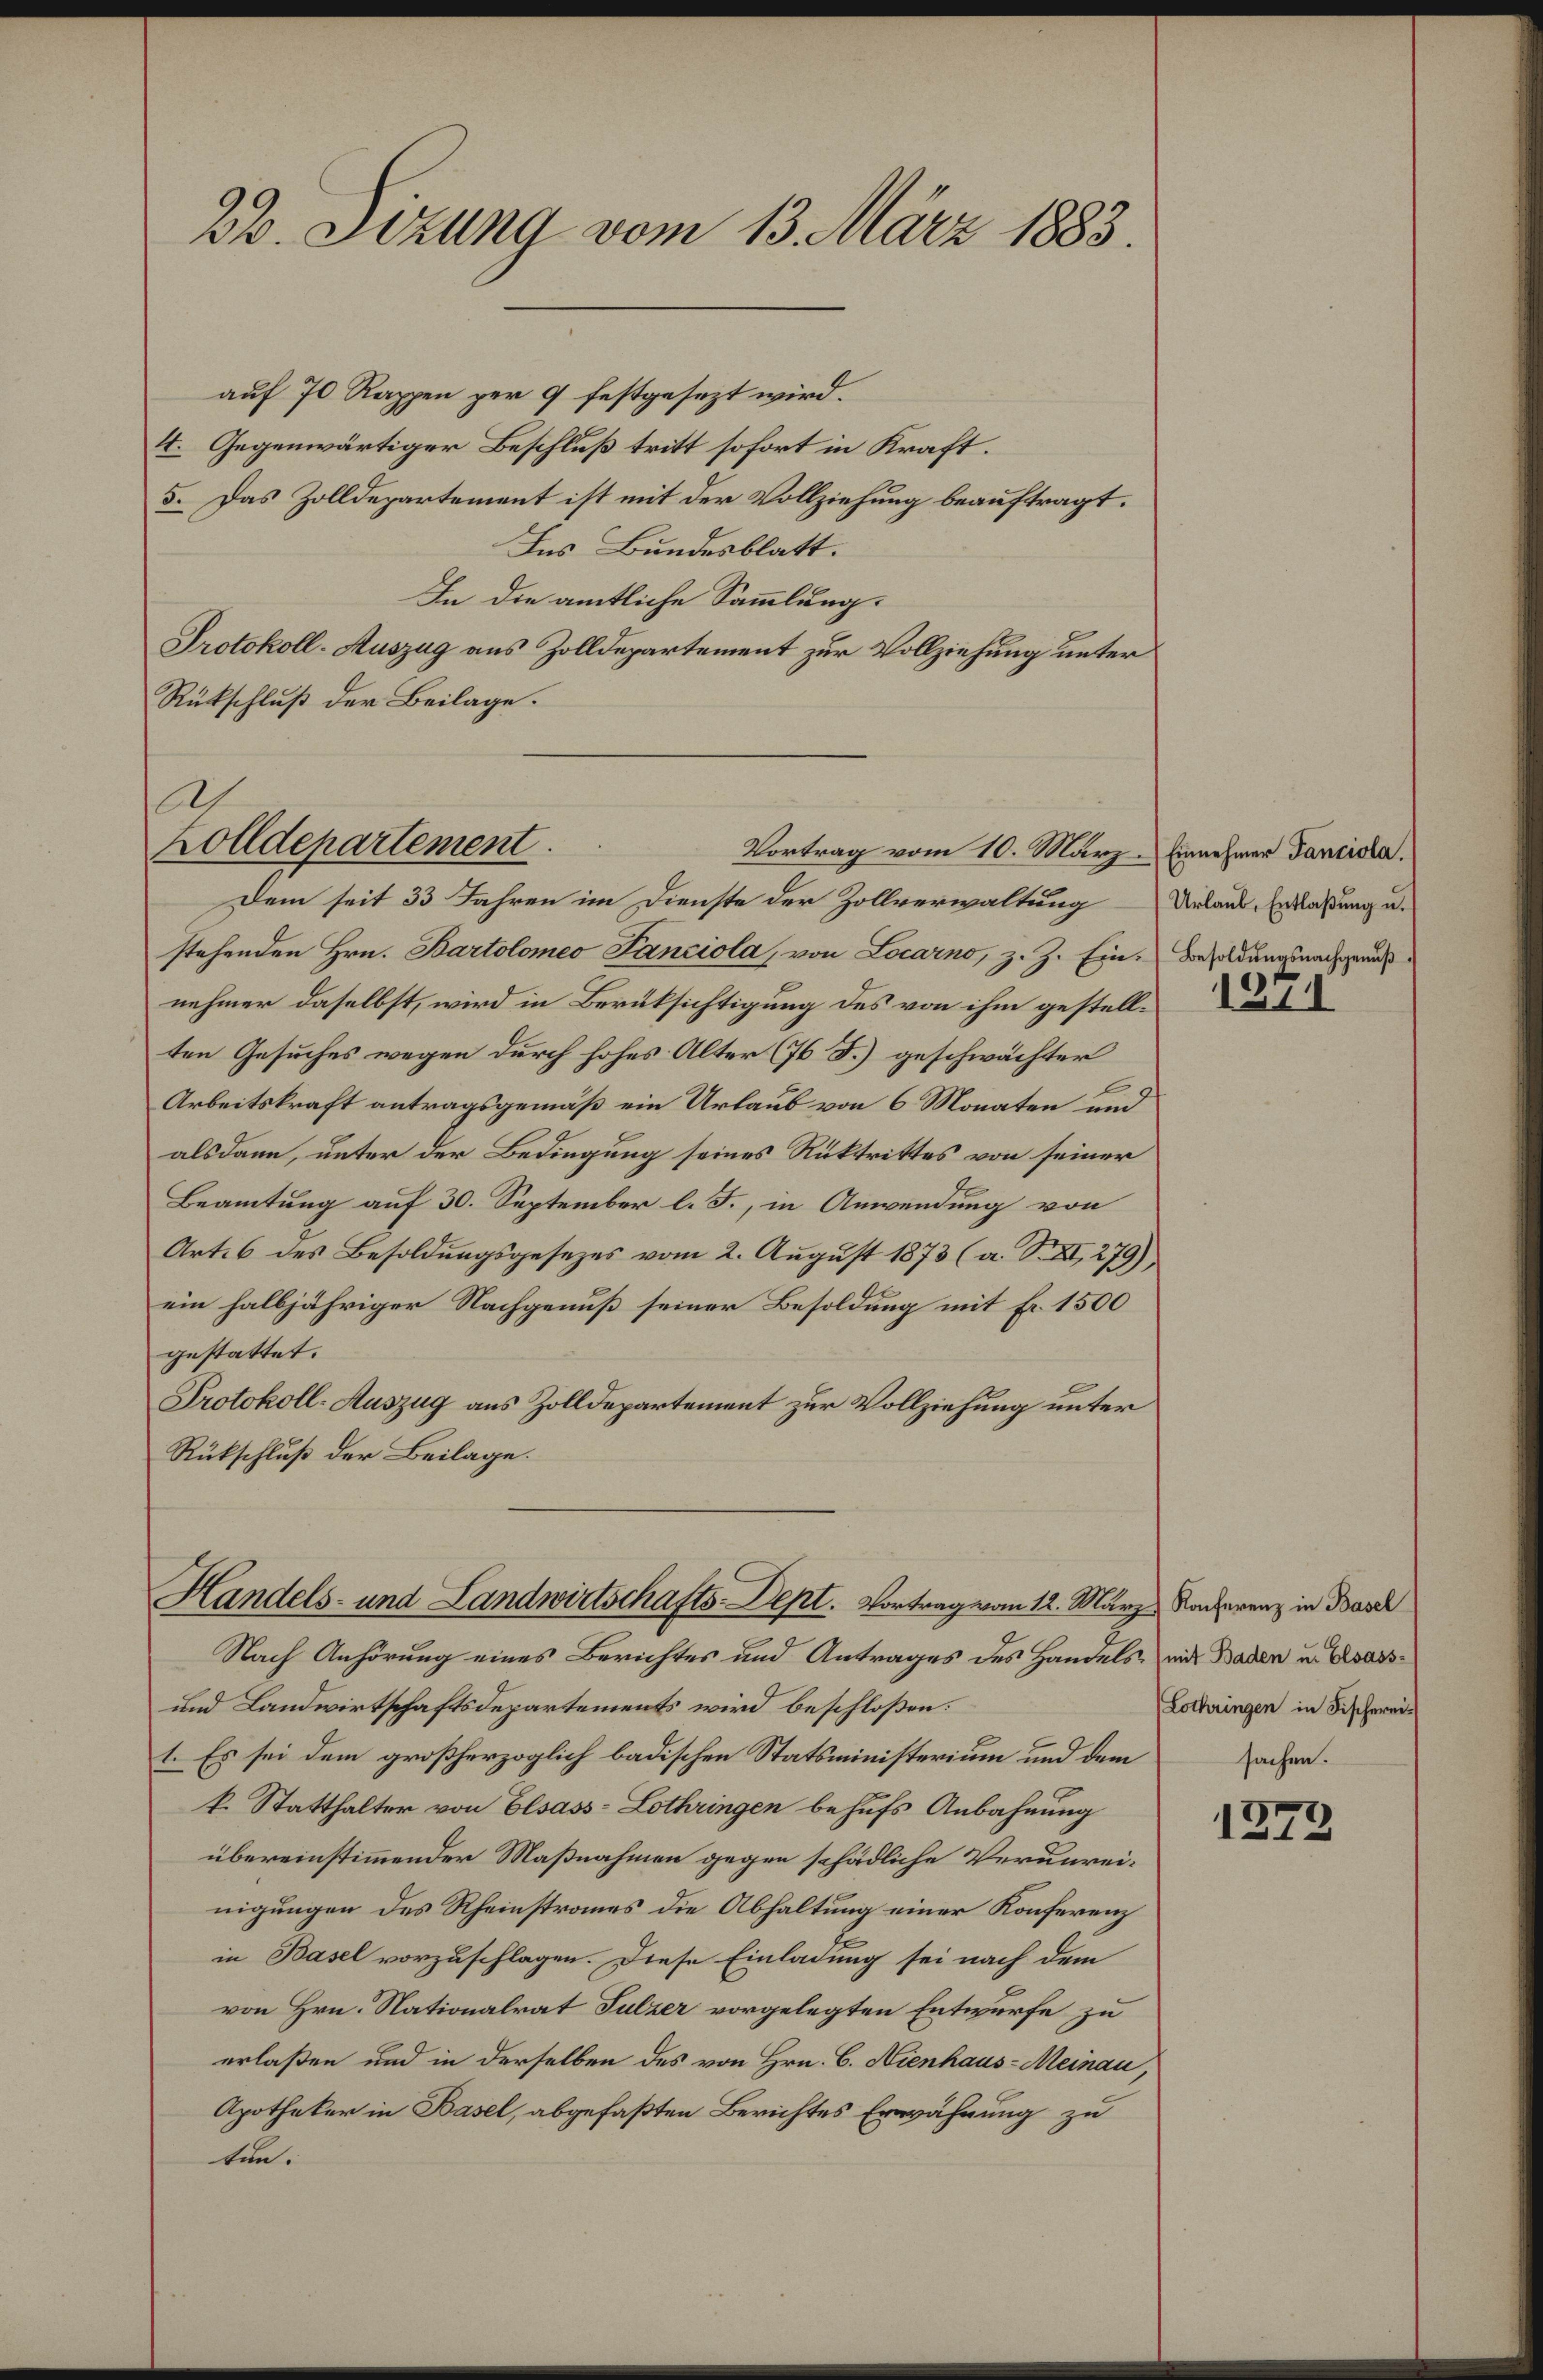
22. Sizung vom 13. März 1883.

auf 70 Rappen per 9 festgesezt wird.
4. Gegenwärtiger Beschluß tritt sofort in Kraft.
5. Das Zolldepartement ist mit der Vollziehung beauftragt.
Ins Bundesblatt.
In die amtliche Sammlung.
Protokoll-Auszug aus Zolldepartement zur Vollziehung unter
Rückschluß der Beilage.

0
Zolldepartement.
Vortrag vom 10. März. Einnehmer Tanciola.
Dem seit 33 Jahren im Dienste der Zollverwaltung

stehenden Hrn. Bartolomeo Panciola, von Locarno, z. Z. Ein Besoldungsnachgeantnehmer daselbst, wird in Berüksichtigung des von ihm gestellten Gesuches wegen durch hohes Alter (76 F.) geschwächter
Arbeitskraft antragsgemäß ein Urlaub von 6 Monaten und
alsdann, unter der Bedingung seines Rücktrittes von seiner
Beamtung auf 30. September l. J., in Anwendung von
Art. 6 des Besoldungsgesezes vom 2. August 1873 (a. S. XI, 279)
ein halbjähriger Nachgenuß seiner Besoldung mit Fr. 1500
gestattet.
Protokoll-Auszug aus Zolldepartement zur Vollziehung unter
Rückschluß der Beilage.

Handels- und Landwirtschafts-Dept. Vortrag vom 12. März Sacherenz in Basel

Nach Anhörung eines Berichtes und Antrages des Handels, mit Baden u. Elsass¬
und Landwirtschaftsdepartements wird beschloßen:
1. Es sei dem großherzoglich badischen Statsministerium und dem
k. Statthalter von Elsass-Lothringen behufs Anbahnung
übereinstimmender Maßnahmen gegen schädliche Verunreinigungen des Rheinstraues die Abhaltung einer Konferenz
in Basel vorzuschlagen. Diese Einladung sei nach dem
von Hrn. Nationalrat Sulzer vorgelegten Entwurfe zu
erlaßen und in derselben des von Hrn. C. Nienhaus-Meinau,
Apotheker in Basel, abgefaßten Berichtes Erwähnung zu
ten:

Urlaub, Entlaßung u.

1211

Lothringen in Fischereisachen.

1372